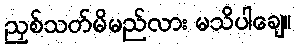
ညှစ်သတ်မိမည်လား မသိပါချေ။